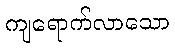
ကျရောက်လာသော